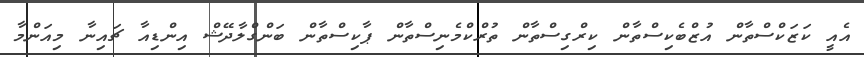
އެއީ ކަޒަކްސްތާން އުޒްބެކިސްތާން ކިރްގިސްތާން ތުރްކްމެނިސްތާން ޕާކިސްތާން ބަންގްލާދޭޝް އިންޑިއާ ޗައިނާ މިއަންމާ